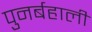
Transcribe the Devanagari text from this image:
पुनर्बहाली